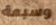
وسبعة